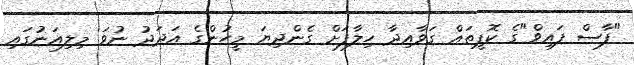
"ފާސް ފައިވް"ގެ ކޮޕީތައް ގަވާއިދާ ހިލާފަށް ގެންދިޔަ މީހުންގެ އަދަދު ނުވަ މިލިއަނުގައި